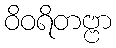
ဝိဝရိတဗ္ဗာ